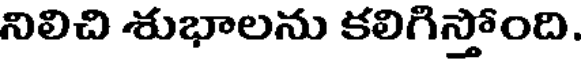
నిలిచి శుభాలను కలిగిస్తోంది.